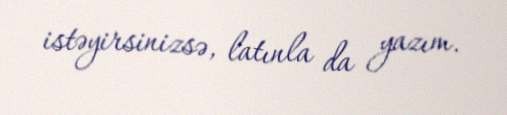
istəyirsinizsə, latınla da yazım.